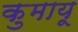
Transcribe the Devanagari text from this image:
कुमायू